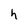
Character: h